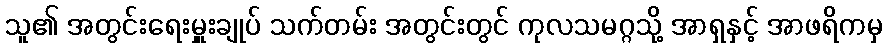
သူ၏ အတွင်းရေးမှူးချုပ် သက်တမ်း အတွင်းတွင် ကုလသမဂ္ဂသို့ အာရှနှင့် အာဖရိကမှ